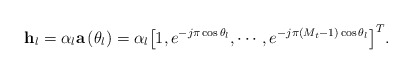
\begin{align*} {{\bf{h}}_l} = {\alpha _l}{\bf{a}}\left( {{\theta _l}} \right) = {\alpha _l}{\left[ {1,{e^{ - j\pi \cos {\theta _l}}}, \cdots ,{e^{ - j\pi \left( {{M_t} - 1} \right)\cos {\theta _l}}}} \right]^T}. \end{align*}